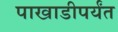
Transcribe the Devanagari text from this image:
पाखाडीपर्यंत